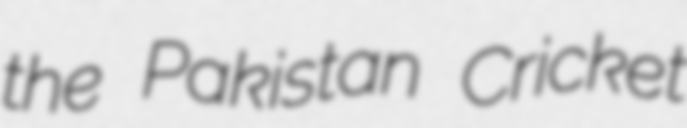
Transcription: the Pakistan Cricket